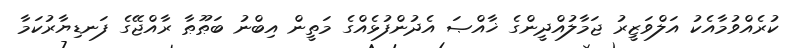
ކުރެއްވުމާއެކު އަލްވަޒީރު ޖަމާލުއްދީންގެ ޚާއްޞަ އެދުންފުޅެއްގެ މަތީން އިބްނު ބަޠޫޠާ ރާއްޖޭގެ ފަނޑިޔާރުކަމާ